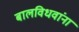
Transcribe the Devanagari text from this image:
बालविधवांना